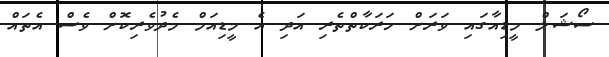
ސޯޝަލް މީޑިއާގައި ވަރަށް ހަރަކާތްތެރި އަދި އެ މީޑިއަމް މެދުވެރިކޮށް ވެސް އެތައް